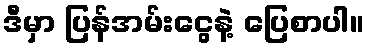
ဒီမှာ ပြန်အမ်းငွေနဲ့ ပြေစာပါ။